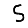
Digit: 5